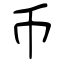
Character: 币